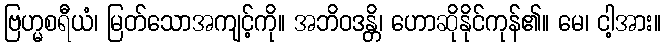
ဗြဟ္မစရီယံ၊ မြတ်သောအကျင့်ကို။ အဘိဝဒန္တိ၊ ဟောဆိုနိုင်ကုန်၏။ မေ၊ ငါ့အား။